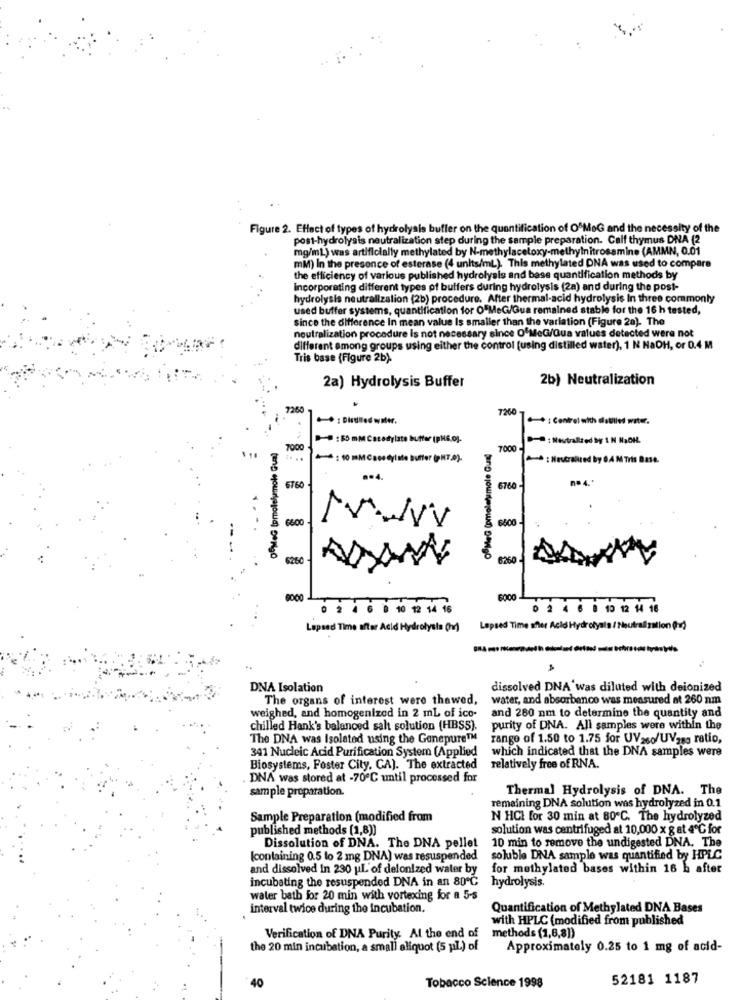
Figure 2. Effect of types of hydrolysis buffer on the quantification of O'MeG and the necessity of the
post-hydrolysis neutralization step during the sample preparation. Calf thymus DNA (2
mg/mL) was artificially methylated by N-methylacetoxy-methylnitrosamine (AMMN, 0.01
mM) In the presence of esterase (4 units/mL). This methylated DNA was used to compare
the efficiency of various published hydrolysis and base quantification methods by
Incorporating different types of buffers during hydrolysis (28) and during the post-
hydrolysis neutralizalion (2b) procedure. After thermal-acid hydrolysis In three commonly
used buffer systems, quantification for OFMeG/Gua remained stable for the 16 h tested,
since the difference in mean value Is smaller than the varlation (Figure 20). The
neutralization procedure is not necessary since O'MeG/Qua values detected were not
different among groups using either the control (using distilled water), 1 N NaDH, or 0.4 M
Tris base (Figure 2b).
2b) Neutralization
2a) Hydrolysis Buffer
7260
7260
.- + : Centrel with distilled water.
- : 50 mMCstedylate butter (pH6.0).
-: Neutralred by 1N NaOH.
7000
7000
4:101MCseedyiale butter (pHT,8).
- : Neutralized by O.A M Tris Base.
.. 4.
n. 4.'
6760
6760
6500
....
6600
6280-
6260
8000
· 2 4 6 0 10 12 14 16
0 2 4 6 8 10 12 14 18
Lapsed Time after Acid Hydrolysis (no) Lapsed Time ster Acid Hydrolyals / Neutral callon (x)
DNA Isolation
dissolved DNA was diluted with deionized
The organs of interest were thawed,
water, and absorbanco was measured at 260 nm
weighed, and homogenized in 2 mL of ico-
and 280 nm to determine the quantity and
chilled Hank's balanced salt solution (HBSS).
purity of DNA. All samples were within the
The DNA was Isolated using the Gonepure™
range of 1.50 to 1.75 for UV260/UVzag ratio,
341 Nucleic Acid Purification System (Applied
which indicated that the DNA samples were
Biosystems, Foster City. CA). The extracted
relatively free of RNA.
DNA was stored at -70℃ until processed for
sample preparation.
Thermal Hydrolysis of DNA. The
remaining DNA solution was hydrolyzed in 0.1
Sample Preparation (modified from
N HCI for 30 min at 80 ℃. The hydrolyzed
published methods (1,8))
solution was centrifuged at 10,000 x 8 at 4℃ for
10 min to remove the undigested DNA. The
Dissolution of DNA. The DNA pellet
(containing 0.5 to 2 mg DNA) was resuspended
soluble DNA sample was quantified by HPLC
and dissolved in 230 uL'of deionized water by
for methylated bases within 16 h after
incubating the resuspended DNA in an 80º℃
hydrolysis.
water bath for 20 min with vortexing for a 5-s
interval twice during the incubation.
Quantification of Methylated DNA Bases
with HPLC (modified from published
Verification of DNA Purity. At the end of
methods (1,6,8))
the 20 min incubation, a small aliquot (5 pl.) of
Approximately 0.25 to 1 mg of acid-
40
52181 1187
Tobacco Science 1998